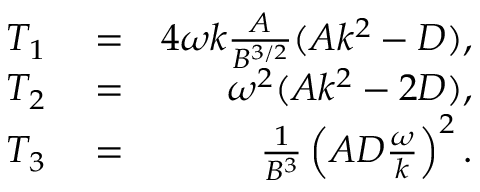
\begin{array} { r l r } { T _ { 1 } } & { { } = } & { 4 \omega k \frac { A } { B ^ { 3 / 2 } } ( A k ^ { 2 } - D ) , } \\ { T _ { 2 } } & { { } = } & { \omega ^ { 2 } ( A k ^ { 2 } - 2 D ) , } \\ { T _ { 3 } } & { { } = } & { \frac { 1 } { B ^ { 3 } } \left( A D \frac { \omega } { k } \right) ^ { 2 } . } \end{array}